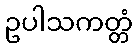
ဥပါသကတ္တံ